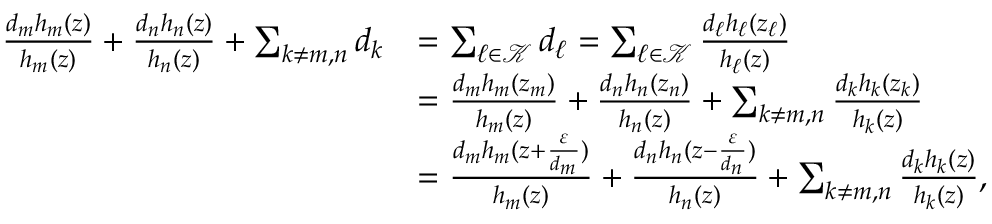
\begin{array} { r l } { \frac { d _ { m } h _ { m } ( z ) } { h _ { m } ( z ) } + \frac { d _ { n } h _ { n } ( z ) } { h _ { n } ( z ) } + \sum _ { k \ne m , n } d _ { k } } & { = \sum _ { \ell \in \mathcal { K } } d _ { \ell } = \sum _ { \ell \in \mathcal { K } } \frac { d _ { \ell } h _ { \ell } ( z _ { \ell } ) } { h _ { \ell } ( z ) } } \\ & { = \frac { d _ { m } h _ { m } ( z _ { m } ) } { h _ { m } ( z ) } + \frac { d _ { n } h _ { n } ( z _ { n } ) } { h _ { n } ( z ) } + \sum _ { k \ne m , n } \frac { d _ { k } h _ { k } ( z _ { k } ) } { h _ { k } ( z ) } } \\ & { = \frac { d _ { m } h _ { m } ( z + \frac { \varepsilon } { d _ { m } } ) } { h _ { m } ( z ) } + \frac { d _ { n } h _ { n } ( z - \frac { \varepsilon } { d _ { n } } ) } { h _ { n } ( z ) } + \sum _ { k \ne m , n } \frac { d _ { k } h _ { k } ( z ) } { h _ { k } ( z ) } , } \end{array}